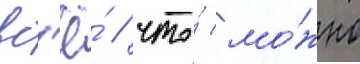
вс'ё́ / что́ мо́жно